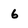
Character: 6